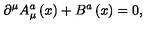
\partial ^ { \mu } A _ { \mu } ^ { a } \left( x \right) + B ^ { a } \left( x \right) = 0 ,